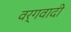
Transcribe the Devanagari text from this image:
वर्गवादी